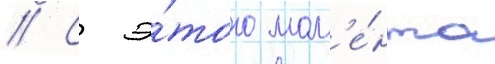
// С э́того мом'е́нта